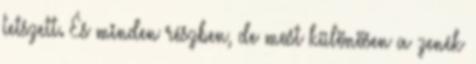
tetszett. És minden részben, de most különösen a zenék